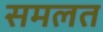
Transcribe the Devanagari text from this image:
समलत